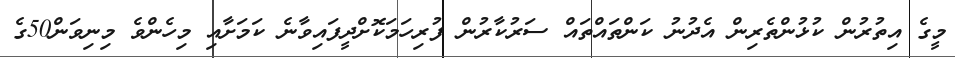
މީގެ އިތުރުން ކުޅުންތެރިން އެދުނު ކަންތައްތައް ސަރުކާރުން ފުރިހަމަކޮށްދީފައިވާނެ ކަމަށާއި މިހެންވެ މިނިވަން50ގެ